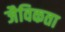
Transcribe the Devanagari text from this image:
जैविकता